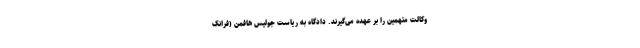
وکالت متهمین را بر عهده می‌گیرند. دادگاه به ریاست جولیس هافمن (فرانک